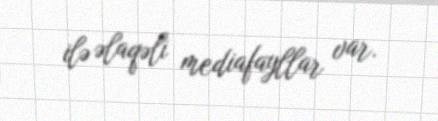
ilə əlaqəli mediafayllar var.